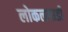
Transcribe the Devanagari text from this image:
लोकलगाडी